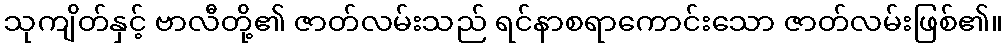
သုကျိတ်နှင့် ဗာလီတို့၏ ဇာတ်လမ်းသည် ရင်နာစရာကောင်းသော ဇာတ်လမ်းဖြစ်၏။